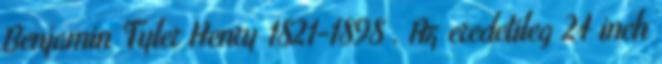
Benjamin Tyler Henry 1821-1898 . Az eredetileg 24 inch